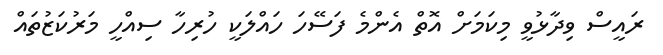
ރައީސް ވިދާޅުވީ މިކަމަށް އޮތް އެންމެ ފަސޭހަ ހައްލަކީ ހުރިހާ ސިއްހީ މަރުކަޒުތައް